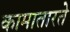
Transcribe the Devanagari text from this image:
कामातारते